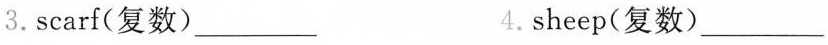
3.scarf(复数)___ 4.sheep(复数)___